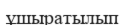
ұшыратылып